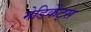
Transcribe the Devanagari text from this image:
मेडिकेंट्स